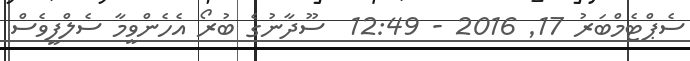
ސެޕްޓެމްބަރު 17